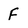
Character: F